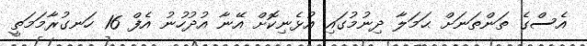
އެސްގެ ތަންތަނަށް ޙަމަލާ ދިނުމުގައި އުޅެނިކޮށް އޭނާ އުދުހުނު އެފް 16 ހަނގުރާމަމަތީ